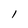
Character: I